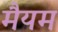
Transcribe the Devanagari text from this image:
मैयम